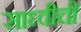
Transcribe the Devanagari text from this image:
साध्वीची